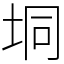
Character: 垌